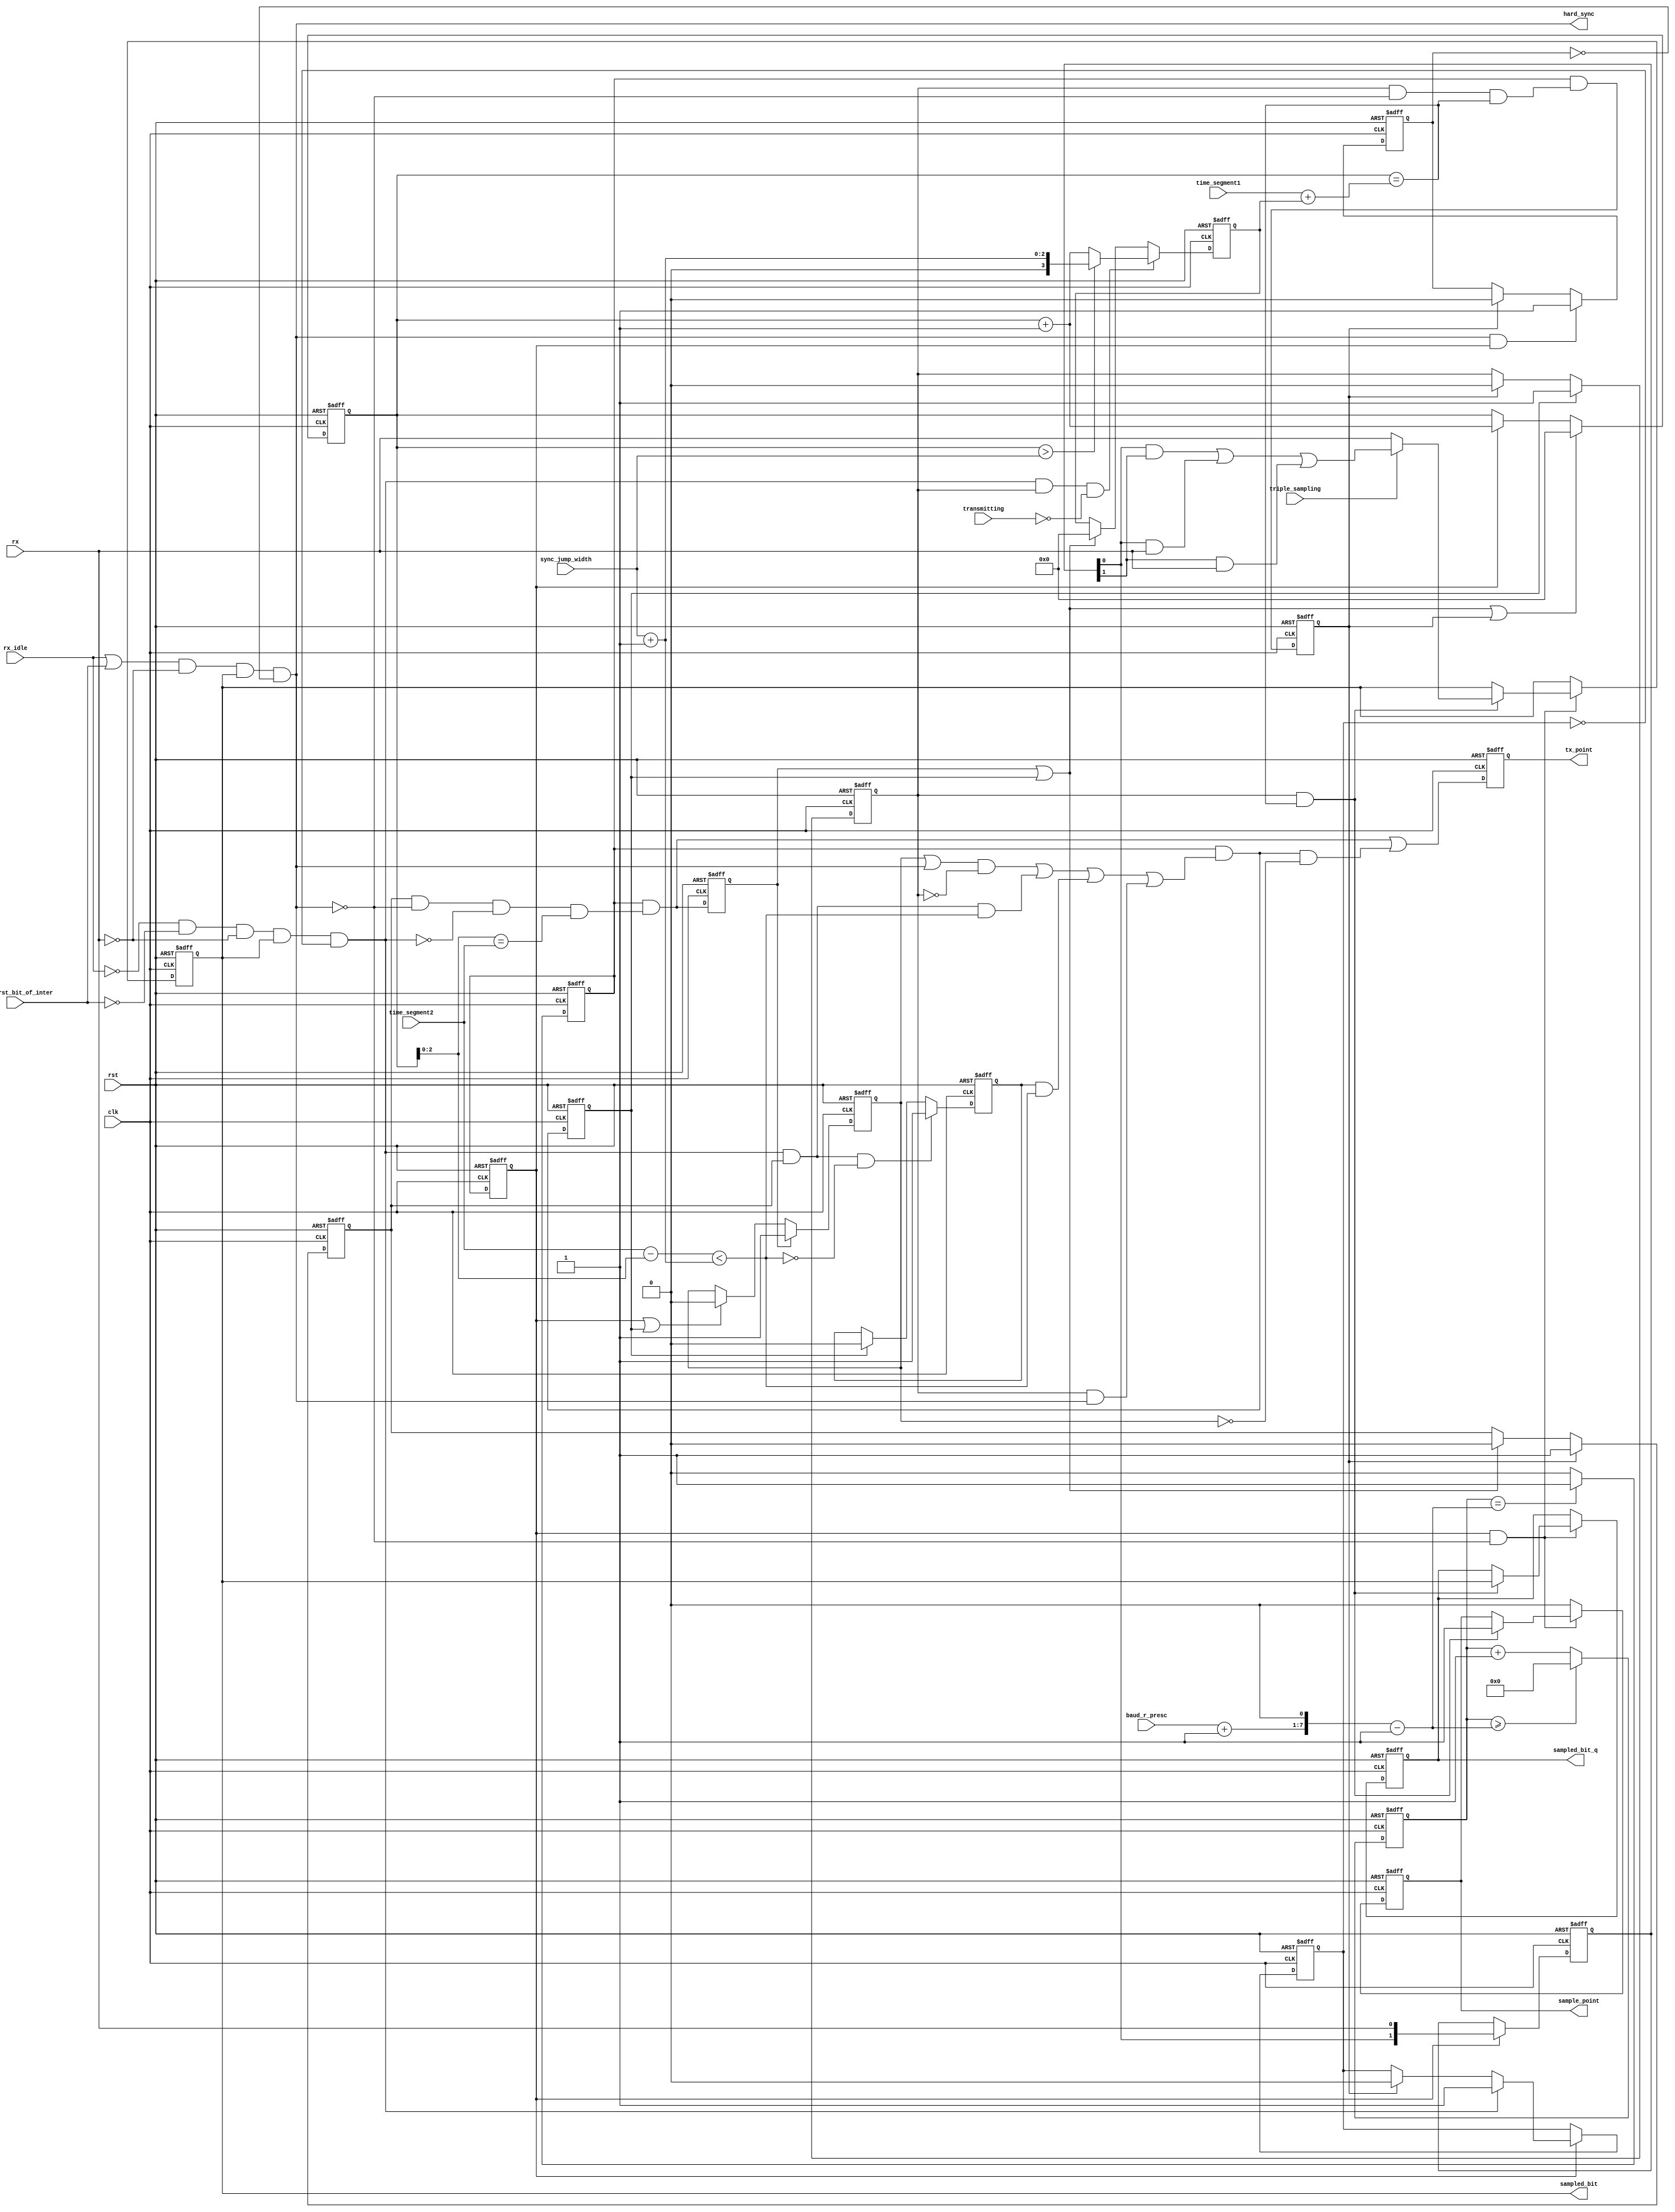
module can_btl
( 
  clk,
  rst,
  rx,

  /* Bus Timing 0 register */
  baud_r_presc,
  sync_jump_width,

  /* Bus Timing 1 register */
  time_segment1,
  time_segment2,
  triple_sampling,

  /* Output signals from this module */
  sample_point,
  sampled_bit,
  sampled_bit_q,
  tx_point,
  hard_sync,
  
  /* Output from can_bsp module */
  rx_idle,
  not_first_bit_of_inter,
  transmitting  

);

parameter Tp = 1;

input         clk;
input         rst;
input         rx;


/* Bus Timing 0 register */
input   [5:0] baud_r_presc;
input   [1:0] sync_jump_width;

/* Bus Timing 1 register */
input   [3:0] time_segment1;
input   [2:0] time_segment2;
input         triple_sampling;

/* Output from can_bsp module */
input         rx_idle;
input         not_first_bit_of_inter;
input         transmitting;

/* Output signals from this module */
output        sample_point;
output        sampled_bit;
output        sampled_bit_q;
output        tx_point;
output        hard_sync;



reg     [6:0] clk_cnt;
reg           clk_en;
reg           clk_en_q;
reg           sync_blocked;
reg           hard_sync_blocked;
reg           sampled_bit;
reg           sampled_bit_q;
reg     [3:0] quant_cnt;
reg     [3:0] delay;
reg           sync;
reg           seg1;
reg           seg2;
reg           resync_latched;
reg           sample_point;
reg     [1:0] sample;
reg           go_sync;
reg           go_seg1;
reg           go_seg2;
reg           tx_point;

wire          go_sync_unregistered;
wire          go_seg1_unregistered;
wire          go_seg2_unregistered;
wire [7:0]    preset_cnt;
wire          sync_window;
wire          resync;



assign preset_cnt = (baud_r_presc + 1'b1)<<1;        // (BRP+1)*2
assign hard_sync  =   (rx_idle | not_first_bit_of_inter)    & (~rx) & sampled_bit & (~hard_sync_blocked);  // Hard synchronization
assign resync     =  (~rx_idle) & (~not_first_bit_of_inter) & (~rx) & sampled_bit & (~sync_blocked);       // Re-synchronization


/* Generating general enable signal that defines baud rate. */
always @ (posedge clk or posedge rst)
begin
  if (rst)
    clk_cnt <= 7'h0;
  else if (clk_cnt >= (preset_cnt-1'b1))
    clk_cnt <=#Tp 7'h0;
  else
    clk_cnt <=#Tp clk_cnt + 1'b1;
end


always @ (posedge clk or posedge rst)
begin
  if (rst)
    clk_en  <= 1'b0;
  else if ({1'b0, clk_cnt} == (preset_cnt-1'b1))
    clk_en  <=#Tp 1'b1;
  else
    clk_en  <=#Tp 1'b0;
end



always @ (posedge clk or posedge rst)
begin
  if (rst)
    clk_en_q  <= 1'b0;
  else
    clk_en_q  <=#Tp clk_en;
end



/* Changing states */
 assign go_sync_unregistered = clk_en & (seg2 & (~hard_sync) & (~resync) & ((quant_cnt[2:0] == time_segment2)));
 assign go_seg1_unregistered = clk_en & (((sync | hard_sync) & (~seg1)) | (resync & seg2 & sync_window) | (resync_latched & sync_window) | (seg1 & hard_sync));
 assign go_seg2_unregistered = clk_en & (seg1 & (~hard_sync) & (quant_cnt == (time_segment1 + delay)));


always @ (posedge clk or posedge rst)
begin
  if (rst)
    go_sync <=#Tp 1'b0;
  else
    go_sync <=#Tp go_sync_unregistered;
end


always @ (posedge clk or posedge rst)
begin
  if (rst)
    go_seg1 <=#Tp 1'b0;
  else
    go_seg1 <=#Tp go_seg1_unregistered;
end


always @ (posedge clk or posedge rst)
begin
  if (rst)
    go_seg2 <=#Tp 1'b0;
  else
    go_seg2 <=#Tp go_seg2_unregistered;
end


always @ (posedge clk or posedge rst)
begin
  if (rst)
    tx_point <= 1'b0;
  else
    tx_point <=#Tp go_sync_unregistered | (go_seg1_unregistered & (~sync));
end


/* When early edge is detected outside of the SJW field, synchronization request is latched and performed when
   SJW is reached */
always @ (posedge clk or posedge rst)
begin
  if (rst)
    resync_latched <= 1'b0;
  else if (resync & seg2 & (~sync_window))
    resync_latched <=#Tp 1'b1;
  else if (go_seg1)
    resync_latched <= 1'b0;
end



/* Synchronization stage/segment */
always @ (posedge clk or posedge rst)
begin
  if (rst)
    sync <= 1'b0;
  else if (go_sync)
    sync <=#Tp 1'b1;
  else if (clk_en_q | go_seg1)
    sync <=#Tp 1'b0;
end


/* Seg1 stage/segment (together with propagation segment which is 1 quant long) */
always @ (posedge clk or posedge rst)
begin
  if (rst)
    seg1 <= 1'b1;
  else if (go_seg1)
    seg1 <=#Tp 1'b1;
  else if (go_seg2)
    seg1 <=#Tp 1'b0;
end


/* Seg2 stage/segment */
always @ (posedge clk or posedge rst)
begin
  if (rst)
    seg2 <= 1'b0;
  else if (go_seg2)
    seg2 <=#Tp 1'b1;
  else if (go_sync | go_seg1)
    seg2 <=#Tp 1'b0;
end


/* Quant counter */
always @ (posedge clk or posedge rst)
begin
  if (rst)
    quant_cnt <= 4'h0;
  else if (go_sync | go_seg1 | go_seg2)
    quant_cnt <=#Tp 4'h0;
  else if (clk_en_q)
    quant_cnt <=#Tp quant_cnt + 1'b1;
end


/* When late edge is detected (in seg1 stage), stage seg1 is prolonged. */
always @ (posedge clk or posedge rst)
begin
  if (rst)
    delay <= 4'h0;
  else if (resync & seg1 & (~transmitting))  // when transmitting 0 with positive error delay is set to 0
    delay <=#Tp (quant_cnt > {2'h0, sync_jump_width})? ({2'h0, sync_jump_width} + 1'b1) : (quant_cnt + 1'b1);
  else if (go_sync | go_seg1)
    delay <=#Tp 4'h0;
end


// If early edge appears within this window (in seg2 stage), phase error is fully compensated
assign sync_window = ((time_segment2 - quant_cnt[2:0]) < ( sync_jump_width + 1'b1));


// Sampling data (memorizing two samples all the time).
always @ (posedge clk or posedge rst)
begin
  if (rst)
    sample <= 2'b11;
  else if (clk_en_q)
    sample <= {sample[0], rx};
end


// When enabled, tripple sampling is done here.
always @ (posedge clk or posedge rst)
begin
  if (rst)
    begin
      sampled_bit <= 1'b1;
      sampled_bit_q <= 1'b1;
      sample_point <= 1'b0;
    end
  else if (clk_en_q & (~hard_sync))
    begin
      if (seg1 & (quant_cnt == (time_segment1 + delay)))
        begin
          sample_point <=#Tp 1'b1;
          sampled_bit_q <=#Tp sampled_bit;
          if (triple_sampling)
            sampled_bit <=#Tp (sample[0] & sample[1]) | ( sample[0] & rx) | (sample[1] & rx);
          else
            sampled_bit <=#Tp rx;
        end
    end
  else
    sample_point <=#Tp 1'b0;
end



/* Blocking synchronization (can occur only once in a bit time) */

always @ (posedge clk or posedge rst)
begin
  if (rst)
    sync_blocked <=#Tp 1'b1;
  else if (clk_en_q)
    begin
      if (resync)
        sync_blocked <=#Tp 1'b1;
      else if (go_seg2)
        sync_blocked <=#Tp 1'b0;
    end
end


/* Blocking hard synchronization when occurs once or when we are transmitting a msg */
always @ (posedge clk or posedge rst)
begin
  if (rst)
    hard_sync_blocked <=#Tp 1'b0;
  else if (hard_sync & clk_en_q)
    hard_sync_blocked <=#Tp 1'b1;
  else if (go_seg2)
    hard_sync_blocked <=#Tp 1'b0;
end





endmodule